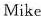
Mike